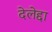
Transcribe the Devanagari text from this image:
देलेद्दा